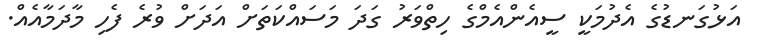
އަޅުގަނޑުގެ އެދުމަކީ ސީއެންއެމްގެ ހިތްވަރު ގަދަ މަސައްކަތަށް އަދަށް ވުރެ ފެހި މާދަމާއެއް.